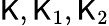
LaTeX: \mathsf{K},\mathsf{K}_{1},\mathsf{K}_{2}